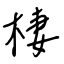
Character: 棲